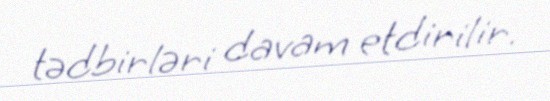
tədbirləri davam etdirilir.